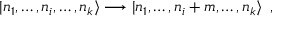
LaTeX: | n _ { 1 } , \dots , n _ { i } , \dots , n _ { k } \rangle \longrightarrow | n _ { 1 } , \dots , n _ { i } + m , \dots , n _ { k } \rangle \, \, \, ,